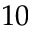
1 0